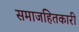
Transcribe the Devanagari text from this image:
समाजहितकारी